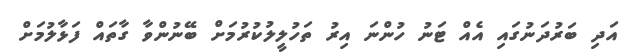
އަދި ބަރުދަނުގައި އެއް ޓަނު ހުންނަ އިރު ތަހުލީލުކުރުމަށް ބޭނުންވާ ގާތައް ފަޅާލުމަށް